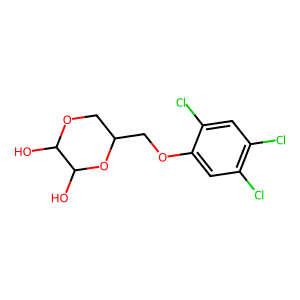
SMILES: OC1OCC(COc2cc(Cl)c(Cl)cc2Cl)OC1O
Inhibits HIV replication: No